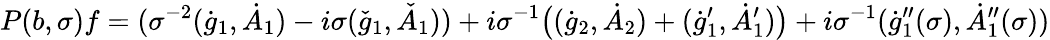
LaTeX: P(b,\sigma)f=(\sigma^{-2}(\dot{g}_{1},\dot{A}_{1})-i\sigma(\check{g}_{1},\check{A}_{1}))+i\sigma^{-1}\big((\dot{g}_{2},\dot{A}_{2})+(\dot{g}_{1}^{\prime},\dot{A}_{1}^{\prime})\big)+i\sigma^{-1}(\dot{g}_{1}^{\prime\prime}(\sigma),\dot{A}_{1}^{\prime\prime}(\sigma))